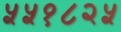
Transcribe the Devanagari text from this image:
५५१८२५